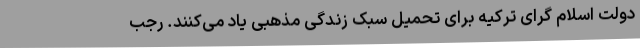
دولت اسلام گرای ترکیه برای تحمیل سبک زندگی مذهبی یاد می‌کنند. رجب